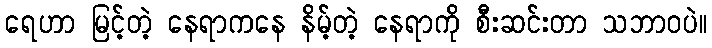
ရေဟာ မြင့်တဲ့ နေရာကနေ နိမ့်တဲ့ နေရာကို စီးဆင်းတာ သဘာဝပဲ။